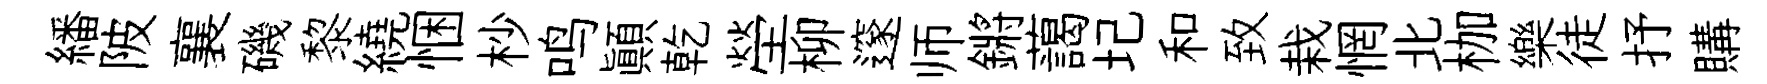
繙陂襄磯黎繞悃杪鸣顚乾塋柳邃师鏘藹圮和致栽惘北枷樂徒抒購